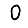
Digit: 0